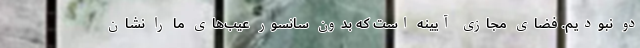
دو نبودیم. فضای مجازی آیینه است که بدون سانسور عیب‌های ما را نشان